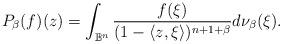
LaTeX: \begin{align*} P_\beta(f)(z)=\int_{\mathbb B^n}\frac{f(\xi)}{(1-\langle z,\xi \rangle)^{n+1+\beta}}d\nu_\beta(\xi).\end{align*}